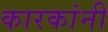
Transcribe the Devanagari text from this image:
कारकांनी